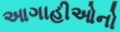
આગાહીઓનો